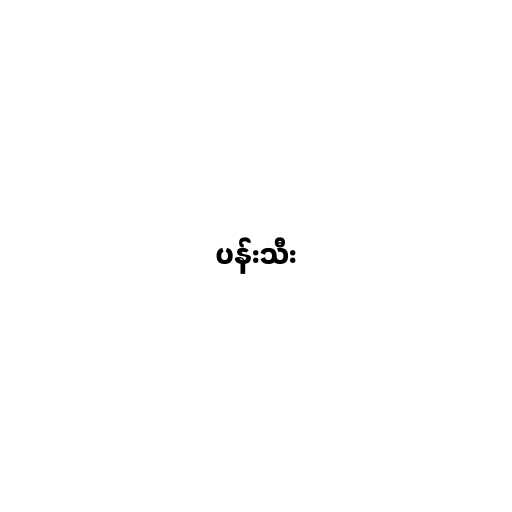
ပန်းသီး